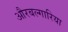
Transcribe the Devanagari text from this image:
औरबल्गारिया